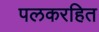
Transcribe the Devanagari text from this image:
पलकरहित